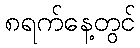
၈ရက်နေ့တွင်